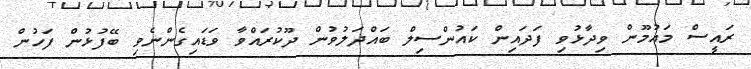
ރައީސް މައުމޫން ވިދާޅުވި ފަދައިން ކައުންސިލް ބައްދަލުވުން ދޫކުރައްވާ ވަޑައިގެންނެވި ބޭފުޅުން ފަހުން